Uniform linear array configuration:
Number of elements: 24
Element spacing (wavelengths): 1
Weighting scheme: kaiser
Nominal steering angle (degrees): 45
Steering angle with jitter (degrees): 44.736
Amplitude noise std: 0.05
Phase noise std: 0.05

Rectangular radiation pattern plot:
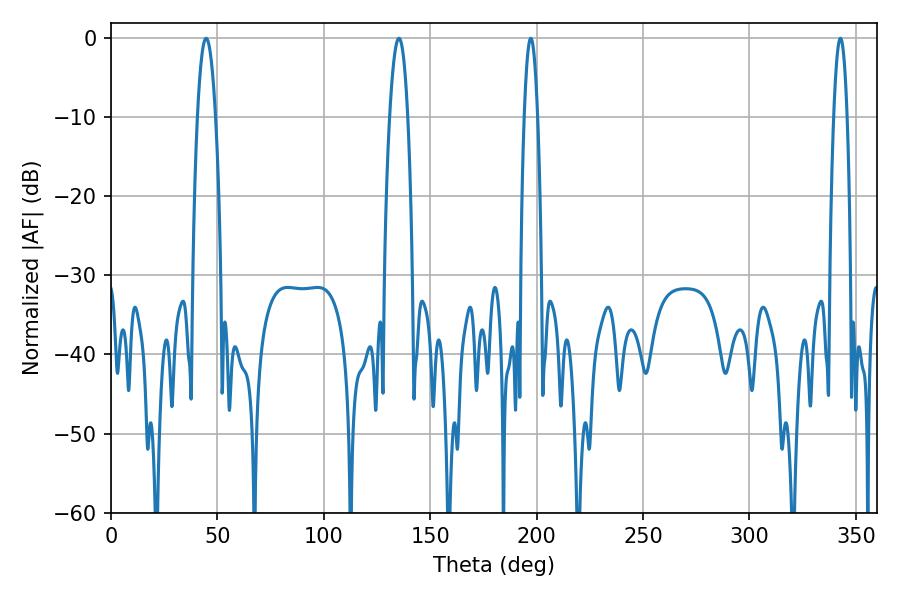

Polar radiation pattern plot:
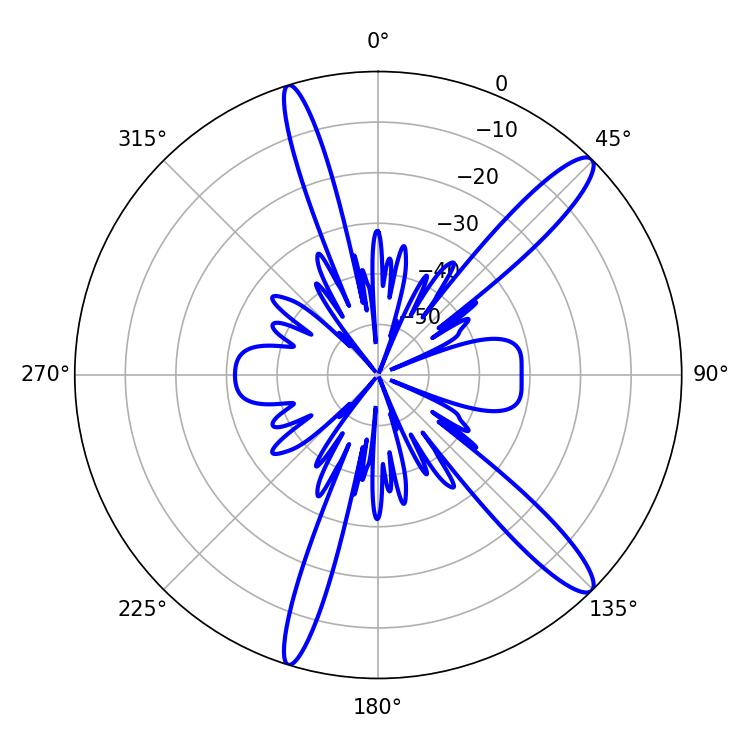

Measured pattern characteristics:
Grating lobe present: TRUE
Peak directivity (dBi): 13.68
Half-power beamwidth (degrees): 3.42
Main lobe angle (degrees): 342.72